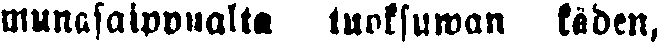
munasaippualta tuoksuwan käden,